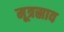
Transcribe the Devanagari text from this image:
मूत्रस्राव